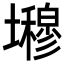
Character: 𭐇